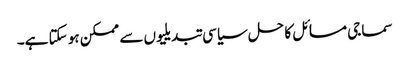
سماجی مسائل کا حل سیاسی تبدیلیوں سے ممکن ہو سکتا ہے۔